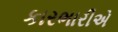
કારભારીએ